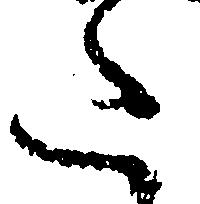
た